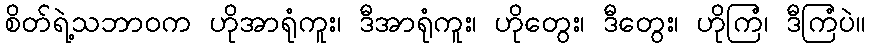
စိတ်ရဲ့သဘာဝက ဟိုအာရုံကူး၊ ဒီအာရုံကူး၊ ဟိုတွေး၊ ဒီတွေး၊ ဟိုကြံ၊ ဒီကြံပဲ။